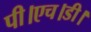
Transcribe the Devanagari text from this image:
पी।एच।डी।